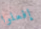
إفعلوا